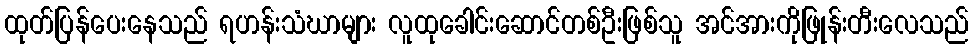
ထုတ်ပြန်ပေးနေသည် ရဟန်းသံဃာများ လူထုခေါင်းဆောင်တစ်ဦးဖြစ်သူ အင်အားကိုဖြုန်းတီးလေသည်